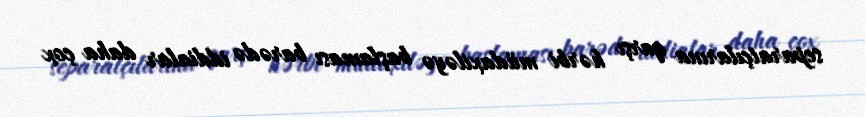
separatçılarına qarşı hərbi müdaxiləyə başlaması barədə iddialar daha çox